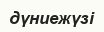
дүниежүзі